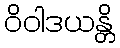
ဝိဝါဒယန္တိ